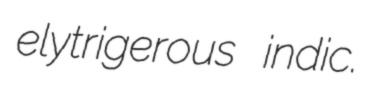
elytrigerous indic.